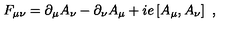
F _ { \mu \nu } = \partial _ { \mu } A _ { \nu } - \partial _ { \nu } A _ { \mu } + i e \left[ A _ { \mu } , A _ { \nu } \right] \ ,